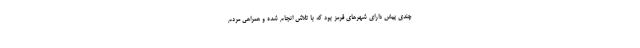
چندی پیش دارای شهرهای قرمز بود که با تلاش انجام شده و همراهی مردم